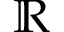
\mathbb { R }